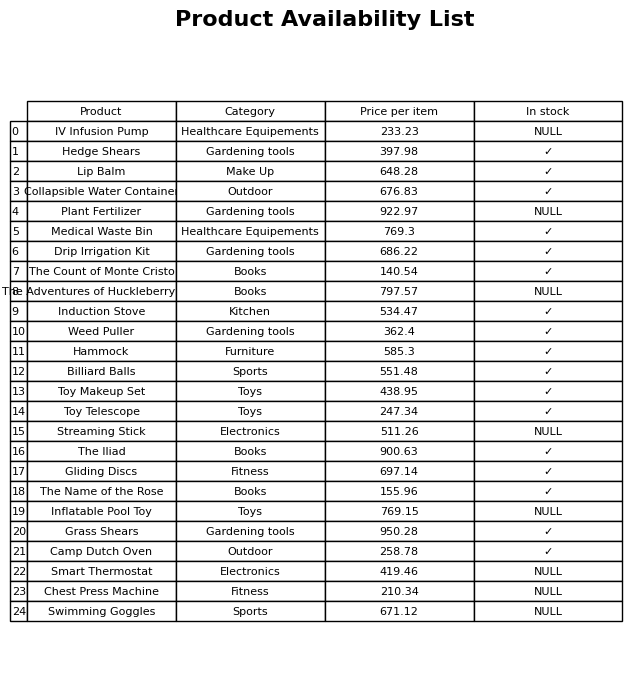
question: What is the price of the Weed Puller?
answer: The price of Weed Puller is 362.4.